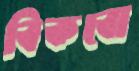
বিকবো